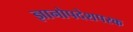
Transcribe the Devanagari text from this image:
ज्ञानोपदेशपरक